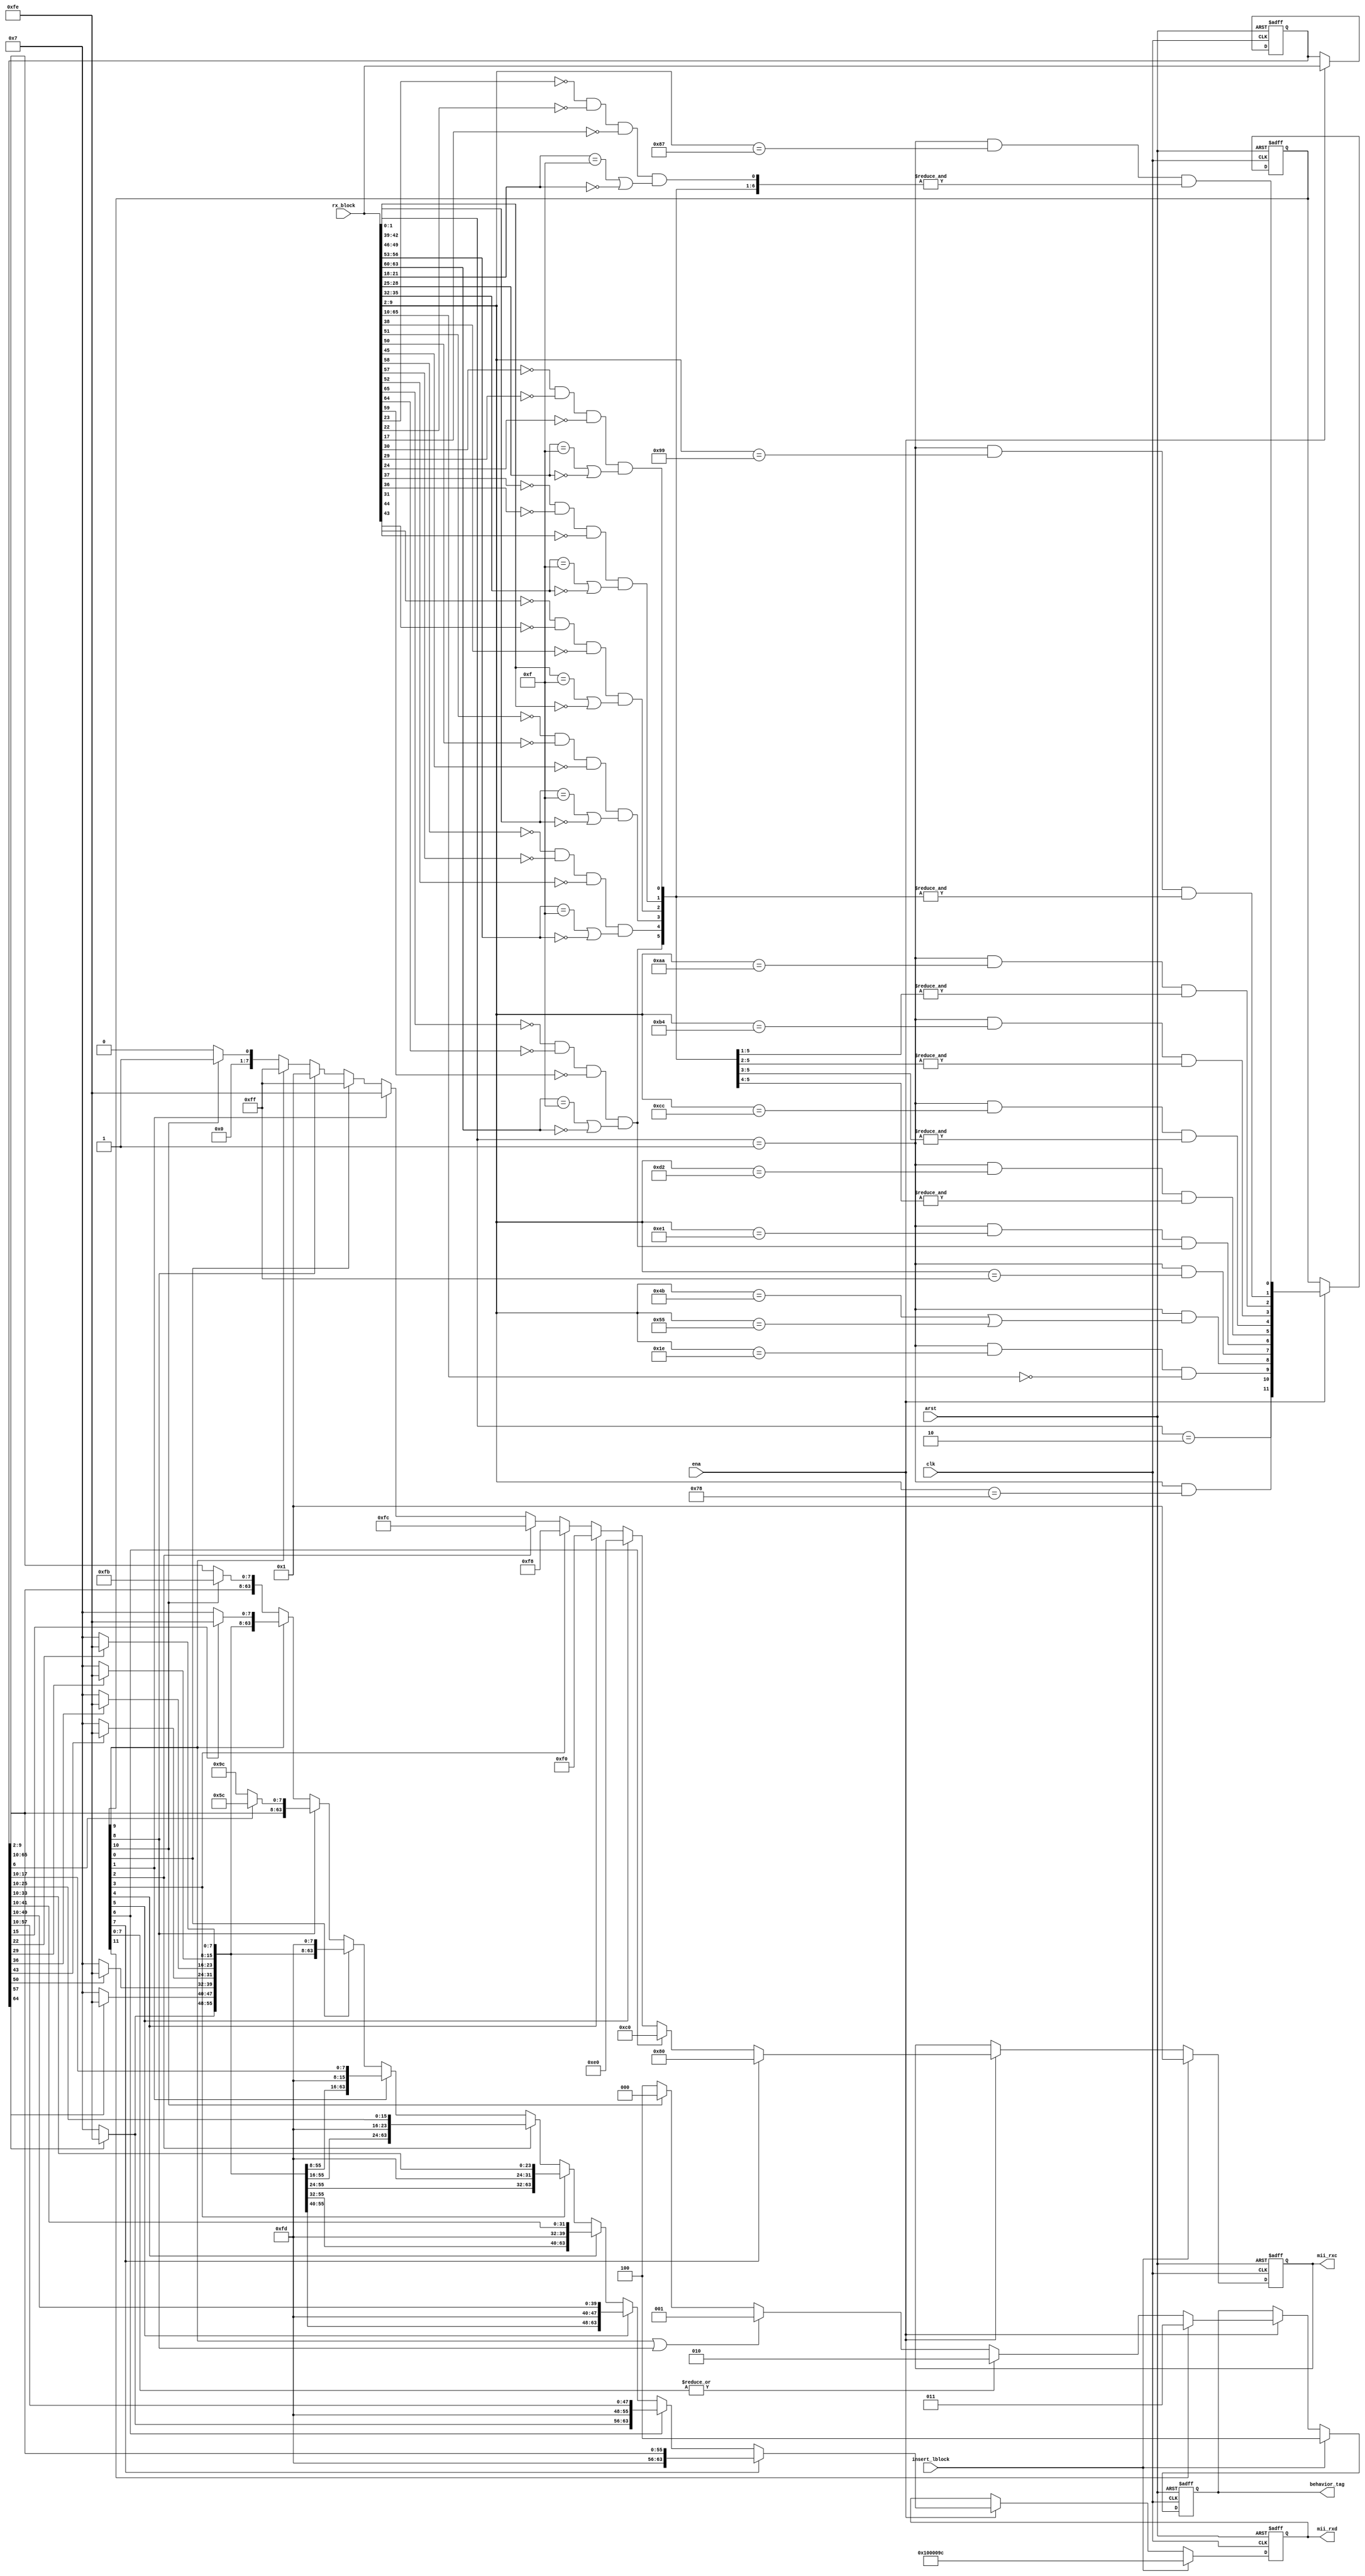
// (C) 2001-2016 Altera Corporation. All rights reserved.
// Your use of Altera Corporation's design tools, logic functions and other 
// software and tools, and its AMPP partner logic functions, and any output 
// files any of the foregoing (including device programming or simulation 
// files), and any associated documentation or information are expressly subject 
// to the terms and conditions of the Altera Program License Subscription 
// Agreement, Altera MegaCore Function License Agreement, or other applicable 
// license agreement, including, without limitation, that your use is for the 
// sole purpose of programming logic devices manufactured by Altera and sold by 
// Altera or its authorized distributors.  Please refer to the applicable 
// agreement for further details.


// $Id: $
// $Revision: $
// $Date: $
// $Author: $
//-----------------------------------------------------------------------------

`timescale 1 ps / 1 ps
// Copyright 2009 Altera Corporation. All rights reserved.  
// Altera products are protected under numerous U.S. and foreign patents, 
// maskwork rights, copyrights and other intellectual property laws.  
//
// This reference design file, and your use thereof, is subject to and governed
// by the terms and conditions of the applicable Altera Reference Design 
// License Agreement (either as signed by you or found at www.altera.com).  By
// using this reference design file, you indicate your acceptance of such terms
// and conditions between you and Altera Corporation.  In the event that you do
// not agree with such terms and conditions, you may not use the reference 
// design file and please promptly destroy any copies you have made.
//
// This reference design file is being provided on an "as-is" basis and as an 
// accommodation and therefore all warranties, representations or guarantees of 
// any kind (whether express, implied or statutory) including, without 
// limitation, warranties of merchantability, non-infringement, or fitness for
// a particular purpose, are specifically disclaimed.  By making this reference
// design file available, Altera expressly does not recommend, suggest or 
// require that this reference design file be used in combination with any 
// other product not provided by Altera.
/////////////////////////////////////////////////////////////////////////////

// baeckler - 01-15-2009

// Decode  66 bit block from PCS to a MII (8)(64) block 
// Assume the state makes the block reasonable, may
// need to ammend that downstream.

module sim_block_decoder (
	input clk,arst,ena,
        input insert_lblock,	
	input [65:0] rx_block,	// bit 0 received first

	output reg [7:0] mii_rxc,
	output reg [63:0] mii_rxd,	// bit 0 received first
	
	output reg [2:0] behavior_tag		// 1xx error
										// 0 start
										// 1 control
										// 2 terminating
										// 3 data

);

localparam MII_IDLE = 8'h7,			// I
		MII_START = 8'hfb,			// S
		MII_TERMINATE = 8'hfd,		// T
		MII_ERROR = 8'hfe,			// E
		MII_SEQ_ORDERED = 8'h9c,	// Q aka O
		MII_SIG_ORDERED = 8'h5c;	// Fsig aka O

localparam EBLOCK_R = {8'hff,{8{MII_ERROR}}};
localparam LBLOCK_R =  {8'h1, 8'h0, 8'h0, 8'h0, 8'h0, 8'h1, 8'h0, 8'h0, 8'h9c};

		
localparam BLK_CTRL = 8'h1e,
			BLK_START = 8'h78,
			BLK_OS_A = 8'h4b,	// for Q
			BLK_OS_B = 8'h55,	// for Fsig
			BLK_TERM0 = 8'h87,
			BLK_TERM1 = 8'h99,
			BLK_TERM2 = 8'haa,
			BLK_TERM3 = 8'hb4,
			BLK_TERM4 = 8'hcc,
			BLK_TERM5 = 8'hd2,
			BLK_TERM6 = 8'he1,
			BLK_TERM7 = 8'hff;
	
wire type_8c = (rx_block[1:0] == 2'b01) &&
			  (rx_block[9:2] == BLK_CTRL) &&
			  rx_block[65:10] == {8{7'b0}};

wire type_os = (rx_block[1:0] == 2'b01) &&
			  (rx_block[9:2] == BLK_OS_A ||
			   rx_block[9:2] == BLK_OS_B);
			   
wire type_s = (rx_block[1:0] == 2'b01) &&
			  (rx_block[9:2] == BLK_START);

wire type_d = (rx_block[1:0] == 2'b10);

// 00 and 1e are legal 7 bit control chars
wire [7:0] legal_control;
genvar i;
generate
	for (i=0; i<8; i=i+1)
	begin : ctrl
		wire [6:0] tmp_ctrl = rx_block[i*7+16:i*7+10];
		
		// help a little bit with the decomp
		assign legal_control[i] = 
				!tmp_ctrl[6] & !tmp_ctrl[5] & !tmp_ctrl[0] &
				(tmp_ctrl[4:1] == 4'hf || tmp_ctrl[4:1] == 4'h0);
	end
endgenerate

wire [7:0] type_t;
assign type_t[0] = (rx_block[1:0] == 2'b01) &&
				  (rx_block[9:2] == BLK_TERM0) &&
				  (&legal_control[7:1]);
assign type_t[1] = (rx_block[1:0] == 2'b01) &&
				  (rx_block[9:2] == BLK_TERM1) &&
				  (&legal_control[7:2]);
assign type_t[2] = (rx_block[1:0] == 2'b01) &&
				  (rx_block[9:2] == BLK_TERM2) &&
				  (&legal_control[7:3]);
assign type_t[3] = (rx_block[1:0] == 2'b01) &&
				  (rx_block[9:2] == BLK_TERM3) &&
				  (&legal_control[7:4]);
assign type_t[4] = (rx_block[1:0] == 2'b01) &&
				  (rx_block[9:2] == BLK_TERM4) &&
				  (&legal_control[7:5]);
assign type_t[5] = (rx_block[1:0] == 2'b01) &&
				  (rx_block[9:2] == BLK_TERM5) &&
				  (&legal_control[7:6]);
assign type_t[6] = (rx_block[1:0] == 2'b01) &&
				  (rx_block[9:2] == BLK_TERM6) &&
				  legal_control[7];
assign type_t[7] = (rx_block[1:0] == 2'b01) &&
				  (rx_block[9:2] == BLK_TERM7);

///////////////////////////////////////////
// Register checkpoint
	
reg [11:0] next_flags = 0 /* synthesis preserve */;
reg [65:0] next_rx_coded = 0 /* synthesis preserve */;

always @(posedge clk or posedge arst) begin
	if (arst) begin
		next_flags <= 0;
		next_rx_coded <= 0;		
	end	
	else if (ena) begin
		next_flags <= {type_d,type_s,type_8c,type_os,type_t};
		next_rx_coded <= rx_block;	
	end
end

///////////////////////////////////////////

wire next_flags_d,next_flags_s,next_flags_8c,next_flags_os;
wire [7:0] next_flags_t;
assign {next_flags_d,next_flags_s,next_flags_8c,next_flags_os,next_flags_t} =
	next_flags;
//wire next_flags_sorc = next_flags_s | next_flags_8c | next_flags_os;

// unpack error and idle control words from 7 bit format to
// MII format
wire [63:0] decoded_control;
generate
	for (i=0; i<8; i=i+1) 
	begin : unpk
		assign decoded_control[i*8+7:i*8] =
			next_rx_coded [i*7+10+5] ? MII_ERROR : MII_IDLE;		
	end
endgenerate

always @(posedge clk or posedge arst) begin
	if (arst) begin
		behavior_tag <= 3'b100;
		{mii_rxc,mii_rxd} <= LBLOCK_R;		
	end	
	else if (insert_lblock) begin
		behavior_tag <= 3'b100;
		{mii_rxc,mii_rxd} <= LBLOCK_R;		
	end	
	else begin
		if (ena) begin
			// summarize the block for state decisions
			//	 1xx error
			//	 0 start
			//   1 control
			//   2 terminating
			//   3 data
					
			behavior_tag <= 
				next_flags_d ? 3'b011 :					// 3 data
				(|next_flags_t) ? 3'b010 :				// 2 terminating
				(next_flags_8c | next_flags_os) ? 3'b001 : // 1 control
				next_flags_s ? 3'b000 :					// 0 start
				3'b100;									// 1xx error
						
			// assume error as a starting point
			{mii_rxc,mii_rxd} <= EBLOCK_R;
		
			// data
			{mii_rxc,mii_rxd} <= {8'h0,next_rx_coded[65:2]};
		
			if (next_flags_s) begin
				{mii_rxc,mii_rxd} <= {8'h1,next_rx_coded[65:10],MII_START};
			end
			if (next_flags_8c) begin
				{mii_rxc,mii_rxd} <= {8'hff,decoded_control};
			end
			if (next_flags_os) begin
				if (!next_rx_coded[6])
					{mii_rxc,mii_rxd} <= {8'h1,next_rx_coded[65:10],MII_SEQ_ORDERED};
				else
					{mii_rxc,mii_rxd} <= {8'h1,next_rx_coded[65:10],MII_SIG_ORDERED};				
			end
			if (next_flags_t[0]) begin
				{mii_rxc,mii_rxd} <= {8'hff,decoded_control[63:8],MII_TERMINATE};				
			end			
			if (next_flags_t[1]) begin
				{mii_rxc,mii_rxd} <= {8'hfe,decoded_control[63:16],MII_TERMINATE,next_rx_coded[17:10]};				
			end			
			if (next_flags_t[2]) begin
				{mii_rxc,mii_rxd} <= {8'hfc,decoded_control[63:24],MII_TERMINATE,next_rx_coded[25:10]};				
			end						
			if (next_flags_t[3]) begin
				{mii_rxc,mii_rxd} <= {8'hf8,decoded_control[63:32],MII_TERMINATE,next_rx_coded[33:10]};				
			end			
			if (next_flags_t[4]) begin
				{mii_rxc,mii_rxd} <= {8'hf0,decoded_control[63:40],MII_TERMINATE,next_rx_coded[41:10]};				
			end			
			if (next_flags_t[5]) begin
				{mii_rxc,mii_rxd} <= {8'he0,decoded_control[63:48],MII_TERMINATE,next_rx_coded[49:10]};				
			end			
			if (next_flags_t[6]) begin
				{mii_rxc,mii_rxd} <= {8'hc0,decoded_control[63:56],MII_TERMINATE,next_rx_coded[57:10]};				
			end			
			if (next_flags_t[7]) begin
				{mii_rxc,mii_rxd} <= {8'h80,MII_TERMINATE,next_rx_coded[65:10]};				
			end							
		end		
	end
end

endmodule
// BENCHMARK INFO :  5SGXEA7N2F45C2
// BENCHMARK INFO :  Max depth :  4.0 LUTs
// BENCHMARK INFO :  Total registers : 151
// BENCHMARK INFO :  Total pins : 145
// BENCHMARK INFO :  Total virtual pins : 0
// BENCHMARK INFO :  Total block memory bits : 0
// BENCHMARK INFO :  Comb ALUTs :                         ; 161             ;       ;
// BENCHMARK INFO :  ALMs : 91 / 234,720 ( < 1 % )
// BENCHMARK INFO :  Worst setup path @ 468.75MHz : 0.719 ns, From next_flags[3], To mii_rxd[38]~reg0}
// BENCHMARK INFO :  Worst setup path @ 468.75MHz : 0.639 ns, From next_flags[5], To behavior_tag[1]~reg0}
// BENCHMARK INFO :  Worst setup path @ 468.75MHz : 0.615 ns, From next_flags[1], To mii_rxd[20]~reg0}